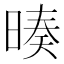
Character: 𣉅